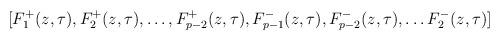
LaTeX: \begin{align*}[F_1^+(z,\tau ), F_2^+(z,\tau ), \ldots ,F_{p-2}^+(z,\tau ), F_{p-1}^-(z,\tau), F_{p-2}^-(z,\tau), \ldots F_2^-(z,\tau )]\end{align*}